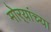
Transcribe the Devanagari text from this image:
मोर्‍यांच्या